Scientific memoirs by medical officers of the Army of India - Part III,
Year: 1887
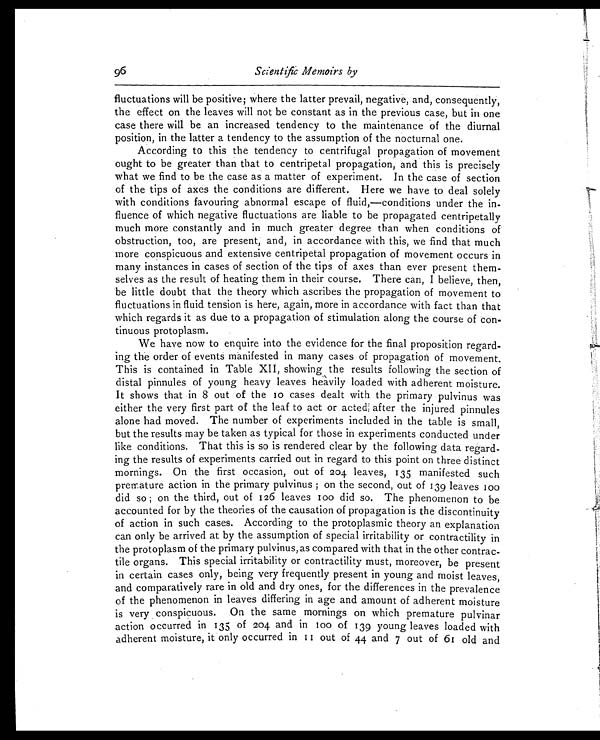
Scientific Memoirs by
fluctuations will be positive ; where the latter prevail, negative, and, consequently,
the effect on the leaves will not be constant as in the previous case, but in one
case there will be an increased tendency to the maintenance of the diurnal
position, in the latter a tendency to the assumption of the nocturnal one.
According to this the tendency to centrifugal propagation of movement
ought to be greater than that to centripetal propagation, and this is precisely
what we find to be the case as a matter of experiment. In the case of section
of the tips of axes the conditions are different. Here we have to deal solely
with conditions favouring abnormal escape of fluid,—conditions under the in-
fluence of which negative fluctuations are liable to be propagated centripetally
much more constantly and in much greater degree than when conditions of
obstruction, too, are present, and, in accordance with this, we find that much
more conspicuous and extensive centripetal propagation of movement occurs in
many instances in cases of section of the tips of axes than ever present them-
selves as the result of heating them in their course. There can, I believe, then,
be little doubt that the theory which ascribes the propagation of movement to
fluctuations in fluid tension is here, again, more in accordance with fact than that
which regards it as due to a propagation of stimulation along the course of con-
tinuous protoplasm.
We have now to enquire into the evidence for the final proposition regard-
ing the order of events manifested in many cases of propagation of movement.
This is contained in Table XII, showing the results following the section of
distal pinnules of young heavy leaves heavily loaded with adherent moisture.
It shows that in 8 out of the 10 cases dealt with the primary pulvinus was
either the very first part of the leaf to act or acted after the injured pinnules
alone had moved. The number of experiments included in the table is small,
but the results may be taken as typical for those in experiments conducted under
like conditions. That this is so is rendered clear by the following data regard-
ing the results of experiments carried out in regard to this point on three distinct
mornings. On the first occasion, out of 204 leaves, 135 manifested such
premature action in the primary pulvinus ; on the second, out of 139 leaves 100
did so ; on the third, out of 126 leaves 100 did so. The phenomenon to be
accounted for by the theories of the causation of propagation is the discontinuity
of action in such cases. According to the protoplasmic theory an explanation
can only be arrived at by the assumption of special irritability or contractility in
the protoplasm of the primary pulvinus, as compared with that in the other contrac-
tile organs. This special irritability or contractility must, moreover, be present
in certain cases only, being very frequently present in young and moist leaves,
and comparatively rare in old and dry ones, for the differences in the prevalence
of the phenomenon in leaves differing in age and amount of adherent moisture
is very conspicuous. On the same mornings on which premature pulvinar
action occurred in 135 of 204 and in 100 of 139 young leaves loaded with
adherent moisture, it only occurred in 11 out of 44 and 7 out of 61 old and
96